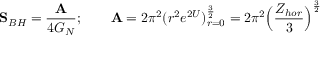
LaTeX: { \bf S } _ { B H } = { \frac { \bf A } { 4 G _ { N } } } ; \qquad { \bf A } = 2 \pi ^ { 2 } ( r ^ { 2 } e ^ { 2 U } ) _ { r = 0 } ^ { \frac { 3 } { 2 } } = 2 \pi ^ { 2 } \Big ( { \frac { Z _ { h o r } } { 3 } } \Big ) ^ { \frac { 3 } { 2 } }